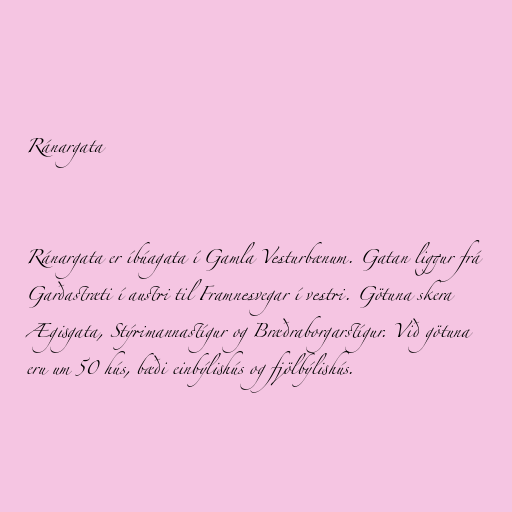
Ránargata

Ránargata er íbúagata í Gamla Vesturbænum. Gatan liggur frá
Garðastræti í austri til Framnesvegar í vestri. Götuna skera
Ægisgata, Stýrimannastígur og Bræðraborgarstígur. Við götuna
eru um 50 hús, bæði einbýlishús og fjölbýlishús.